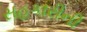
સહકારીની